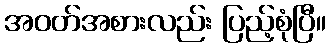
အဝတ်အစားလည်း ပြည့်စုံပြီ။